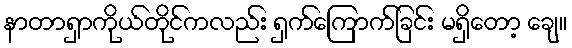
နာတာရှာကိုယ်တိုင်ကလည်း ရှက်ကြောက်ခြင်း မရှိတော့ ချေ။